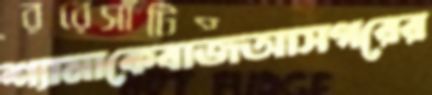
শ্যামাকেবাজআসগরের